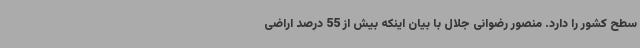
سطح کشور را دارد. منصور رضوانی جلال با بیان اینکه بیش از 55 درصد اراضی